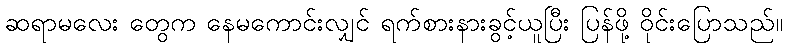
ဆရာမလေး တွေက နေမကောင်းလျှင် ရက်စားနားခွင့်ယူပြီး ပြန်ဖို့ ဝိုင်းပြောသည်။